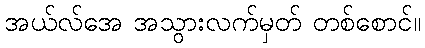
အယ်လ်အေ အသွားလက်မှတ် တစ်စောင်။